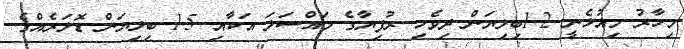
މިހާރު މިއުޅެނީ 1.2ބިލިޔަން ދިވެހި ރުފިޔާގެ މައްސަލަ އަކާއި 1.5 ބިލިޔަން ޑޮލަރެއްގެ